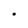
Character: o